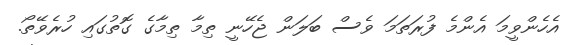
އެހެންވީމަ އެންމެ ފުރަތަމަ ވެސް ބަލަން ޖެހޭނީ ތިމާ ތިމާގެ ގޮތުގައި ހުރެވޭތޯ.